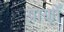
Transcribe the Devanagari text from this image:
प्राणोँ